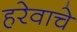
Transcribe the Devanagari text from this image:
हरेवाचे